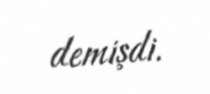
demişdi.